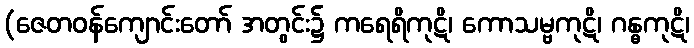
(ဇေတဝန်ကျောင်းတော် အတွင်း၌ ကရေရိကုဋိ၊ ကောသမ္ဗကုဋိ၊ ဂန္ဓကုဋိ၊